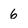
Character: 6